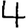
Digit: 4